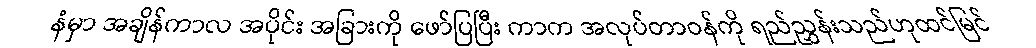
နံမှာ အချိန်ကာလ အပိုင်း အခြားကို ဖော်ပြပြီး ကာက အလုပ်တာဝန်ကို ရည်ညွှန်းသည်ဟုထင်မြင်